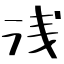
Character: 浅